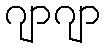
ဂျာဂျာ